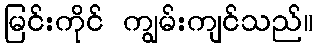
မြင်းကိုင် ကျွမ်းကျင်သည်။